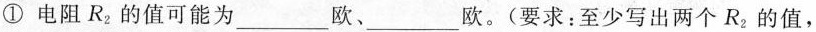
①电阻R_{2}的值可能为___欧、___欧。(要求：至少写出两个R_{2}的值，